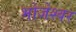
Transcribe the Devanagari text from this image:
भोजेश्‍वर